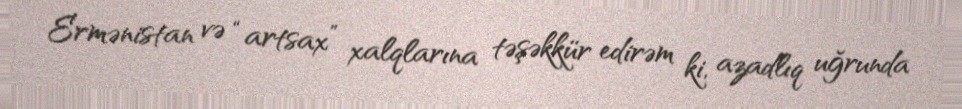
Ermənistan və “artsax” xalqlarına təşəkkür edirəm ki, azadlıq uğrunda